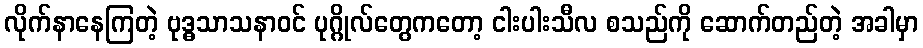
လိုက်နာနေကြတဲ့ ဗုဒ္ဓသာသနာဝင် ပုဂ္ဂိုလ်တွေကတော့ ငါးပါးသီလ စသည်ကို ဆောက်တည်တဲ့ အခါမှာ